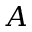
{ \cal A }